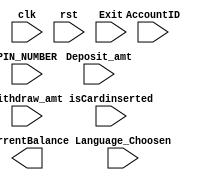
module mainmodule(
    input clk,
    input rst,
    input [3:0] PIN_NUMBER,
    input [3:0] AccountID,
    input [7:0] Deposit_amt,
    input [7:0] Withdraw_amt,
    input Language_Choosen,
    input isCardinserted,
    input Exit,
    output reg [7:0] currentBalance
);

parameter IDLE = 4'b0000;
parameter insertcard = 4'b0001;
parameter Choose_Language = 4'b0010;
parameter EnterPIN = 4'b0011;
parameter chooseOP = 4'b0100;
parameter withdraw = 4'b0101;
parameter deposit = 4'b0110;
parameter transfer = 4'b0111;
parameter Changepin = 4'b1000;
parameter showbalance = 4'b1001;
parameter reset = 4'b1111;

reg [3:0] currentstate;
reg [3:0] nextstate;
reg [1:0] WP_Counter=2'b00;

reg AuthSucceded;
reg [2:0] opcode; // determine the operations like deposit, withdraw, check balance, transfer...etc

// Account database initialization
reg [3:0] PIN ;


    
always @(posedge clk or posedge rst)
begin
    if (rst)
        currentstate <= reset;
    else
        currentstate <= nextstate;
end

always @(*) begin
    // Default next state
    nextstate = currentstate;

    // FSM logic based on current state
    case (currentstate)
        
        IDLE: begin
            if (isCardinserted)
                nextstate = insertcard;
		else 
                nextstate = IDLE;
        end
        insertcard: begin
            // Logic for insertcard state
            // Check card, move to Choose_Language state, etc.
            nextstate = Choose_Language;
        end
        Choose_Language: begin
            if (Language_Choosen)
                
           nextstate = EnterPIN;
        end
        // Implement other states similarly
        // Remember to add conditions and state transitions for other states and operations
        

    EnterPIN: begin
          if (Exit) nextstate=IDLE;
          else nextstate=EnterPIN;
          if (PIN==PIN_NUMBER) AuthSucceded=1'b1;
    	  else AuthSucceded=1'b0;
          if (AuthSucceded)begin
          nextstate=chooseOP;
          end 
          else begin 
              WP_Counter=WP_Counter+1'b1;
              if (WP_Counter==2'b11)
              nextstate=reset;

      end 
end    

   chooseOP: begin  //add the logic of Choose operation
        end 

        deposit: begin
            // Logic for deposit state
            // Process deposit operation
        end
        withdraw: begin
            // Logic for withdraw state
            // Process withdraw operation
        end
        // Implement logic for other states similarly
        // ...
        reset: begin
            // Logic for reset state
            // Resetting the system or initializing variables
        end
        default: begin
            // Default case
            // Handle unexpected conditions or states
        end
    endcase
end

// Other module logic (not part of FSM)
// ...

endmodule